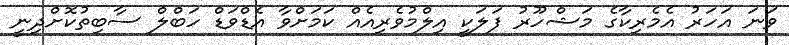
ވަނަ އަހަރު އެމެރިކާގެ މަޝްހޫރު ފަލަކީ އިލްމުވެރިއެއް ކަމަށްވާ އެޑްވަޑް ހަބްލް ސާބިތުކޮށްދިނީ